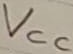
Text: VCC